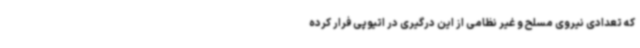
که تعدادی نیروی مسلح و غیر نظامی از این درگیری در اتیوپی فرار کرده